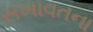
સખાવતના